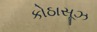
કોઠાસૂઝ